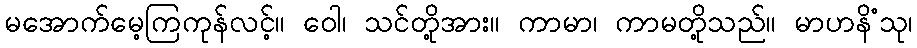
မအောက်မေ့ကြကုန်လင့်။ ဝေါ၊ သင်တို့အား။ ကာမာ၊ ကာမတို့သည်။ မာဟနိံသု၊